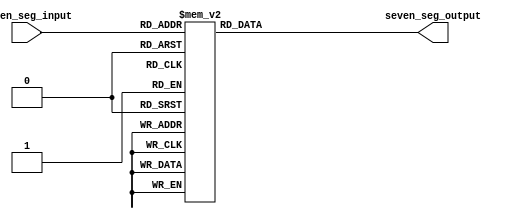
module tx_7segdecoder (input [3:0] seven_seg_input,
                       output reg [6:0] seven_seg_output);

    always @(seven_seg_input) begin
    // Convert a 4bit binary number to a 7 bit binary number
    // 7 bit binary number corresponds to 7 seg display as a hexadecimal number
        case (seven_seg_input)
            4'b0000: seven_seg_output = 7'b1000000; // 0
            4'b0001: seven_seg_output = 7'b1111001; // 1
            4'b0010: seven_seg_output = 7'b0100100; // 2
            4'b0011: seven_seg_output = 7'b0110000; // 3
            4'b0100: seven_seg_output = 7'b0011001; // 4
            4'b0101: seven_seg_output = 7'b0010010; // 5
            4'b0110: seven_seg_output = 7'b0000010; // 6
            4'b0111: seven_seg_output = 7'b1111000; // 7
            4'b1000: seven_seg_output = 7'b0000000; // 8
            4'b1001: seven_seg_output = 7'b0010000; // 9
            4'b1010: seven_seg_output = 7'b0001000; // A
            4'b1011: seven_seg_output = 7'b0000011; // B
            4'b1100: seven_seg_output = 7'b1000110; // C
            4'b1101: seven_seg_output = 7'b0100001; // D
            4'b1110: seven_seg_output = 7'b0000110; // E
            4'b1111: seven_seg_output = 7'b0001110; // F
        endcase
    end
endmodule